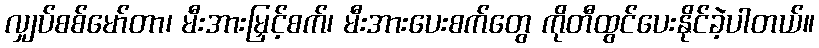
လျှပ်စစ်မော်တာ၊ မီးအားမြှင့်စက်၊ မီးအားပေးစက်တွေ ကိုတီထွင်ပေးနိုင်ခဲ့ပါတယ်။